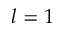
l = 1